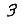
Digit: 3